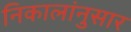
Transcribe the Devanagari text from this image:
निकालांनुसार